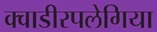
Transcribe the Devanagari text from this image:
क्वाडीरपलेगिया